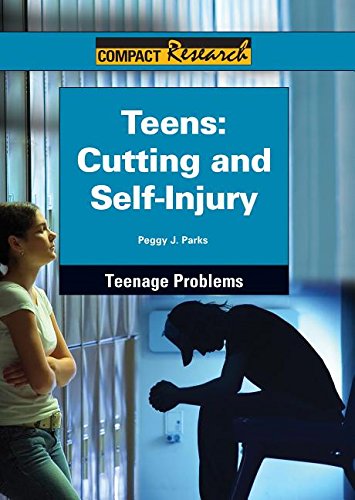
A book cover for Teens: Cutting and Self-Injury (Compact Research: Teenage Problems); Peggy J. Parks; Teen & Young Adult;